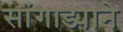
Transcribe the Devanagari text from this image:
सांगाड्याने